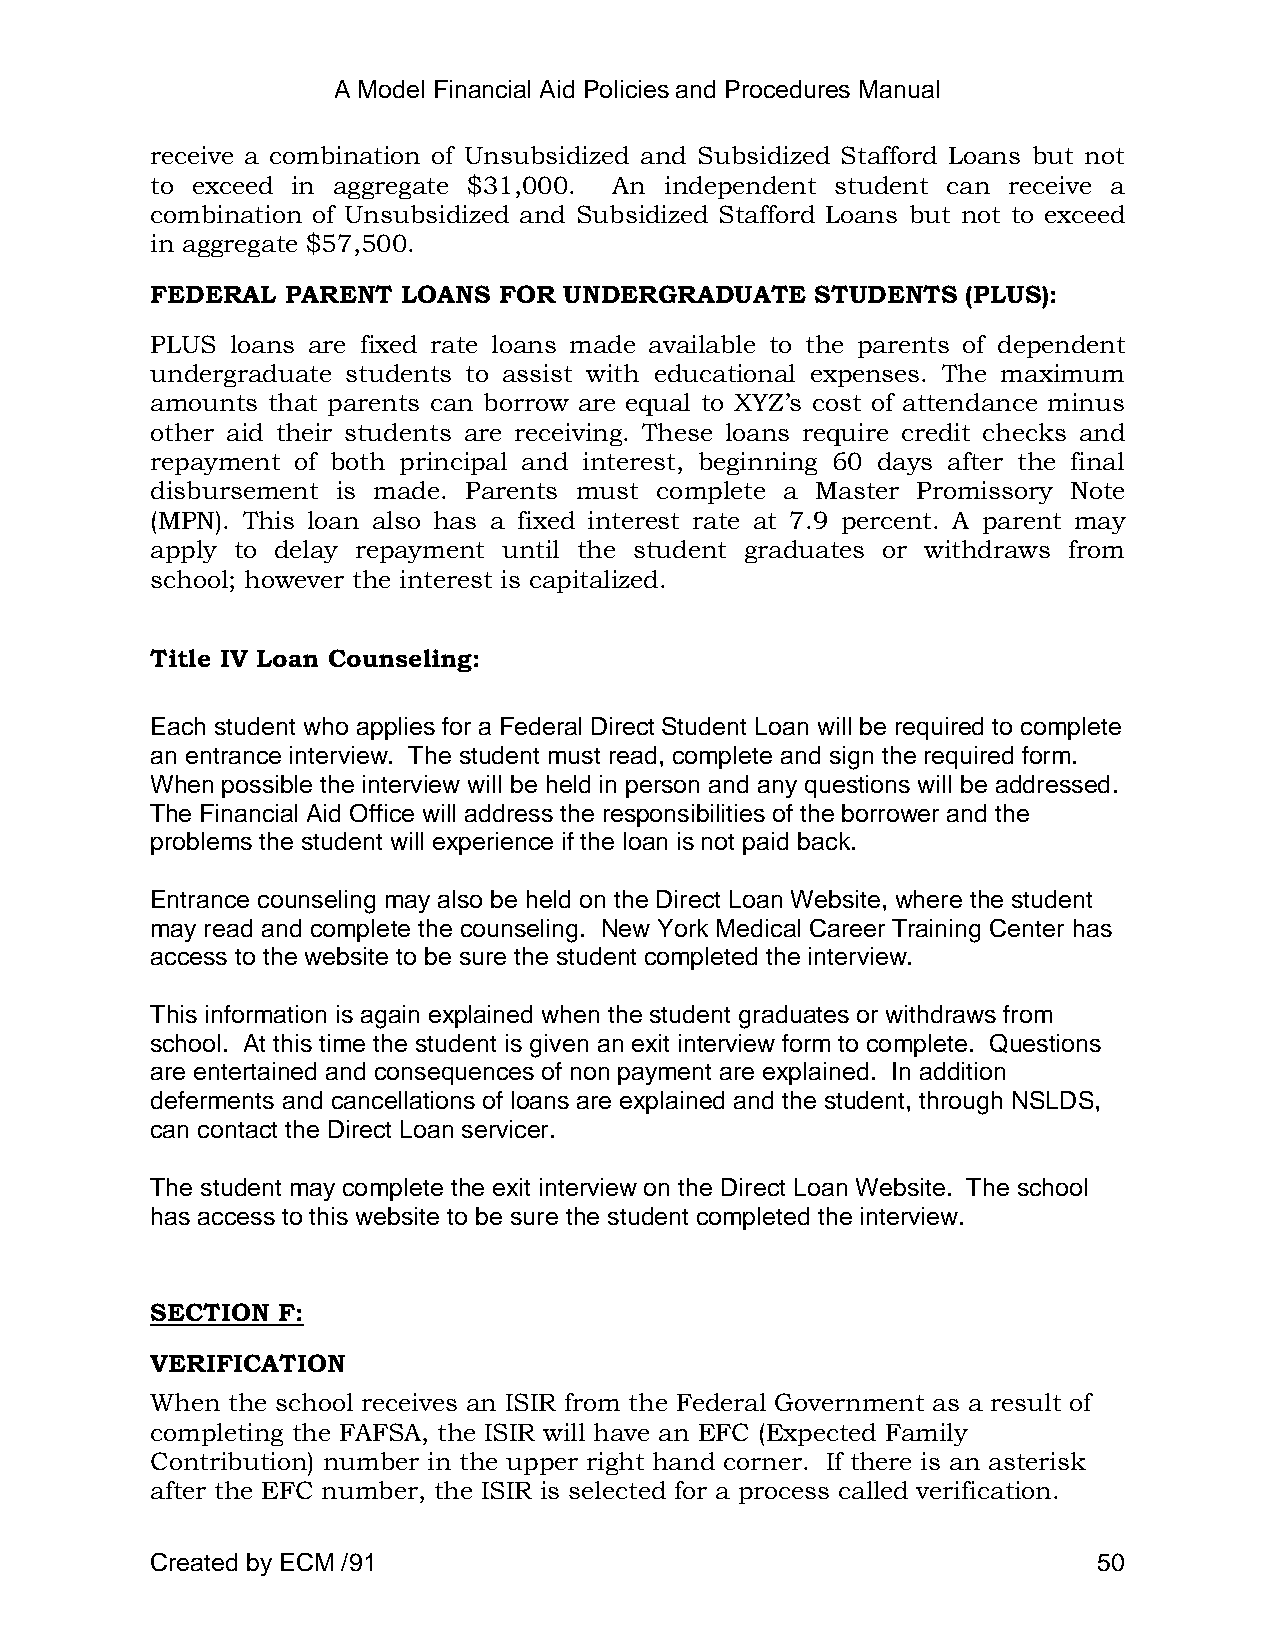
A Model Financial Aid Policies and Procedures Manual
 receive a combination of Unsubsidized and Subsidized Stafford Loans but not
 to exceed in aggregate $31,000. An independent student can receive a
 combination of Unsubsidized and Subsidized Stafford Loans but not to exceed
 in aggregate $57,500.
 FEDERAL  PARENT  LOANS FOR UNDERGRADUATE    STUDENTS  (PLUS):
 PLUS loans are fixed rate loans made available to the parents of dependent
 undergraduate students to assist with educational expenses. The maximum
 amounts that parents can borrow are equal to XYZ‘s cost of attendance minus
 other aid their students are receiving. These loans require credit checks and
 repayment of both principal and interest, beginning 60 days after the final
 disbursement is made. Parents must complete a Master Promissory Note
 (MPN). This loan also has a fixed interest rate at 7.9 percent. A parent may
 apply to delay repayment until the student graduates or withdraws from
 school; however the interest is capitalized.
 Title IV Loan Counseling:
 Each student who applies for a Federal Direct Student Loan will be required to complete
 an entrance interview. The student must read, complete and sign the required form.
 When possible the interview will be held in person and any questions will be addressed.
 The Financial Aid Office will address the responsibilities of the borrower and the
 problems the student will experience if the loan is not paid back.
 Entrance counseling may also be held on the Direct Loan Website, where the student
 may read and complete the counseling. New York Medical Career Training Center has
 access to the website to be sure the student completed the interview.
 This information is again explained when the student graduates or withdraws from
 school. At this time the student is given an exit interview form to complete. Questions
 are entertained and consequences of non payment are explained. In addition
 deferments and cancellations of loans are explained and the student, through NSLDS,
 can contact the Direct Loan servicer.
 The student may complete the exit interview on the Direct Loan Website. The school
 has access to this website to be sure the student completed the interview.
 SECTION F:
 VERIFICATION
 When the school receives an ISIR from the Federal Government as a result of
 completing the FAFSA, the ISIR will have an EFC (Expected Family
 Contribution) number in the upper right hand corner. If there is an asterisk
 after the EFC number, the ISIR is selected for a process called verification.
 Created by ECM /91                                             50